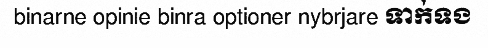
binarne opinie binra optioner nybrjare ទាក់ទង